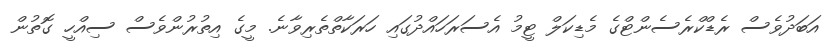
އަބަދުވެސް ރެޑްކްރެސެންޓްގެ މެޑިކަލް ޓީމު އެސަރަހައްދުގައި ހަރަކާތްތެރިވާނެ. މީގެ އިތުރުންވެސް ސިއްހީ ގޮތުން